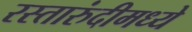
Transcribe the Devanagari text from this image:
रस्तारुंदीमध्ये